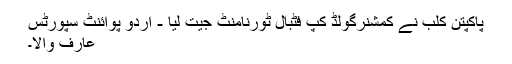
پاکپتن کلب نے کمشنرگولڈ کپ فٹبال ٹورنامنٹ جیت لیا - اُردو پوائنٹ سپورٹس
عارف والا۔